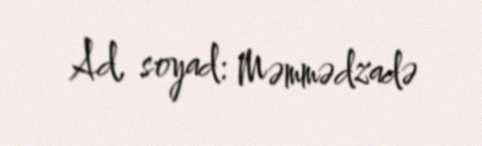
Ad, soyad: Məmmədzadə